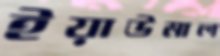
ইয়াউমাল